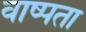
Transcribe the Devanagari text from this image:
वाष्पता